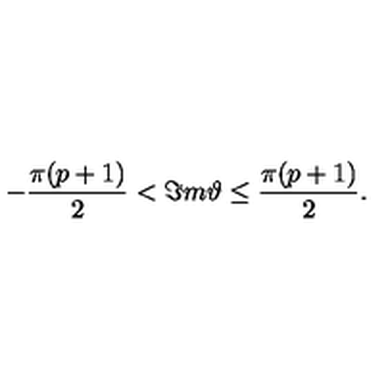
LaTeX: - \frac { \pi ( p + 1 ) } { 2 } < \Im m \vartheta \leq \frac { \pi ( p + 1 ) } { 2 } .